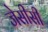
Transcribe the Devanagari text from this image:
जेसीसी